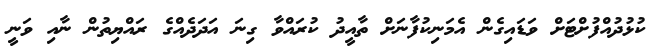
ކުޅުދުއްފުށްޓަށް ވަޑައިގެން އެމަނިކުފާނަށް ތާއީދު ކުރައްވާ ގިނަ އަދަދެއްގެ ރައްޔިތުން ނާއި ވަނީ